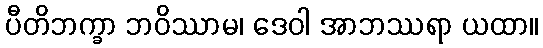
ပီတိဘက္ခာ ဘဝိဿာမ၊ ဒေဝါ အာဘဿရာ ယထာ။